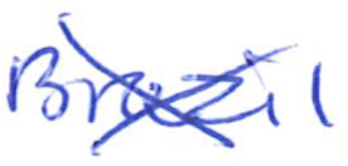
Text: Brazil
Cross-out: cross
Writing tool: ballpoint